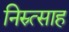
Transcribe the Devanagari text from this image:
निस्र्त्साह